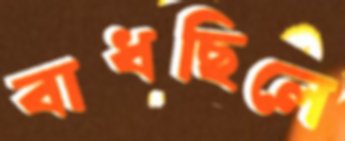
বাধছিলে